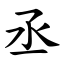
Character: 丞